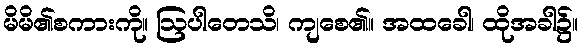
မိမိ၏စကားကို။ ဩပါတေသိ၊ ကျစေ၏။ အထခေါ၊ ထိုအခါ၌။